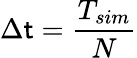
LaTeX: \Delta\mathsf{t}=\frac{{T_{sim}}}{{N}}